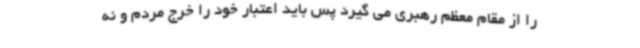
را از مقام معظم رهبری می گیرد پس باید اعتبار خود را خرج مردم و نه